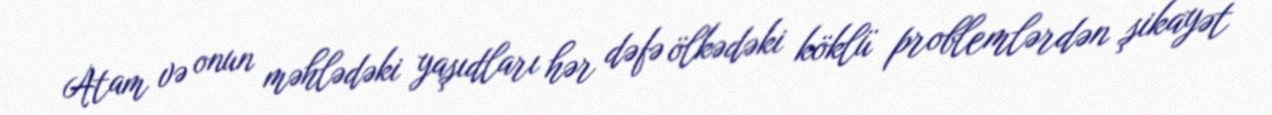
Atam və onun məhlədəki yaşıdları hər dəfə ölkədəki köklü problemlərdən şikayət